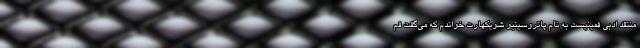
منتقد ادبی فمینیست به نام پاتروسینیو شویکهارت خواندم که می‌گفت فم